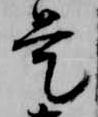
是